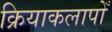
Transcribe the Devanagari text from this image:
क्रियाकलापोँ